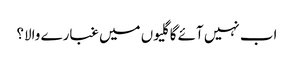
اب نہیں آئے گا گلیوں میں غبارے والا؟